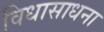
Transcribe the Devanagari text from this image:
विधासाधना